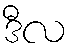
ဒီလ